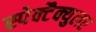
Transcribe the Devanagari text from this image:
स्पेक्टैक्युलर